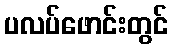
ပလပ်ဖောင်းတွင်